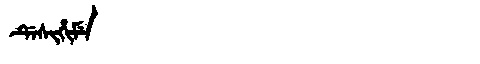
Manchu: ᡩᡝᠰᡳᡥᡳᠮᡝ
Romanization: DESIHIME